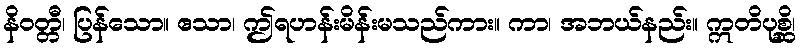
နိဝတ္တီ၊ ပြန်သော။ ဧသာ၊ ဤရဟန်းမိန်းမသည်ကား။ ကာ၊ အဘယ်နည်း။ ဣတိပုစ္ဆိ၊